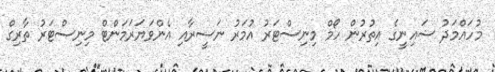
މުހައްމަދު ޝައިނީގެ އިތުރުން ހޯމް މިނިސްޓަރު އުމަރު ނަސީރާއި އެންވަޔަރަމަންޓް މިނިސްޓަރު ތާރިގް